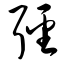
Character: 弪